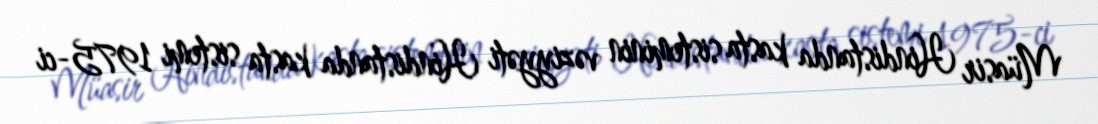
Müasir Hindistanda kasta sisteminin vəziyyəti Hindistanda kasta sistemi 1975-ci